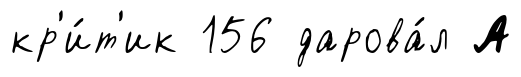
кр'и́т'ик 156 дарова́л А